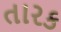
તારક